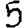
Digit: 5